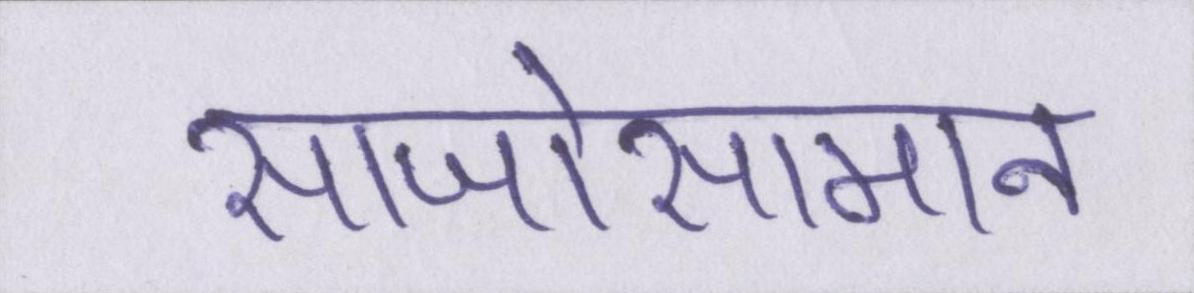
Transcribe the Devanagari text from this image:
साजोसामान